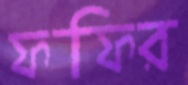
ফফির